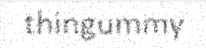
thingummy